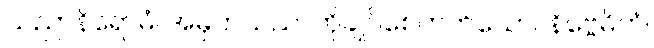
သညာနိရောဓံ၊ အမှတ်သညာကိုချုပ်စေတတ်သော။ နိဗ္ဗေဓိကံ၊